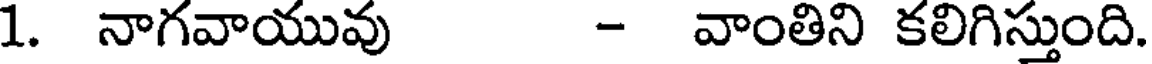
1. నాగవాయువు - వాంతిని కలిగిస్తుంది.